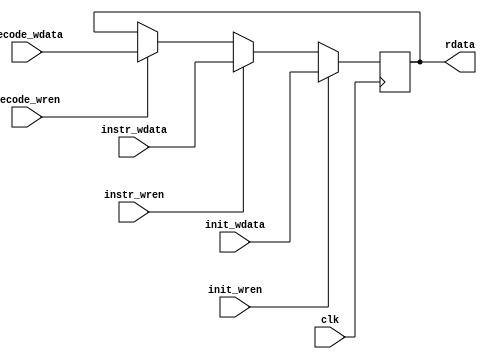
module PC_register(
	input clk,
	//Init
	input [31:0]init_wdata,
	input init_wren,
	//For Instr_Reciver
	input [31:0]instr_wdata,
	input instr_wren,
	//For Decode
	input [31:0]decode_wdata,
	input decode_wren,
	output [31:0]rdata
	);
	reg [31:0]PC;
	
	assign rdata = PC;
	
	always @ (posedge clk)
	begin
		if (init_wren) PC <= init_wdata;
		else if (instr_wren) PC <= instr_wdata;
		else if (decode_wren) PC <= decode_wdata;
	end
	
endmodule